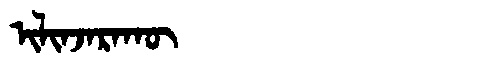
Manchu: ᡳᠯᡳᠨᠵᠠᡵᠠᡴᡡ
Romanization: ILINJARAKŪ